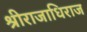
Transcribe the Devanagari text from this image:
श्रीराजाधिराज